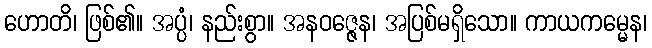
ဟောတိ၊ ဖြစ်၏။ အပ္ပံ၊ နည်းစွာ။ အနဝဇ္ဇေန၊ အပြစ်မရှိသော။ ကာယကမ္မေန၊